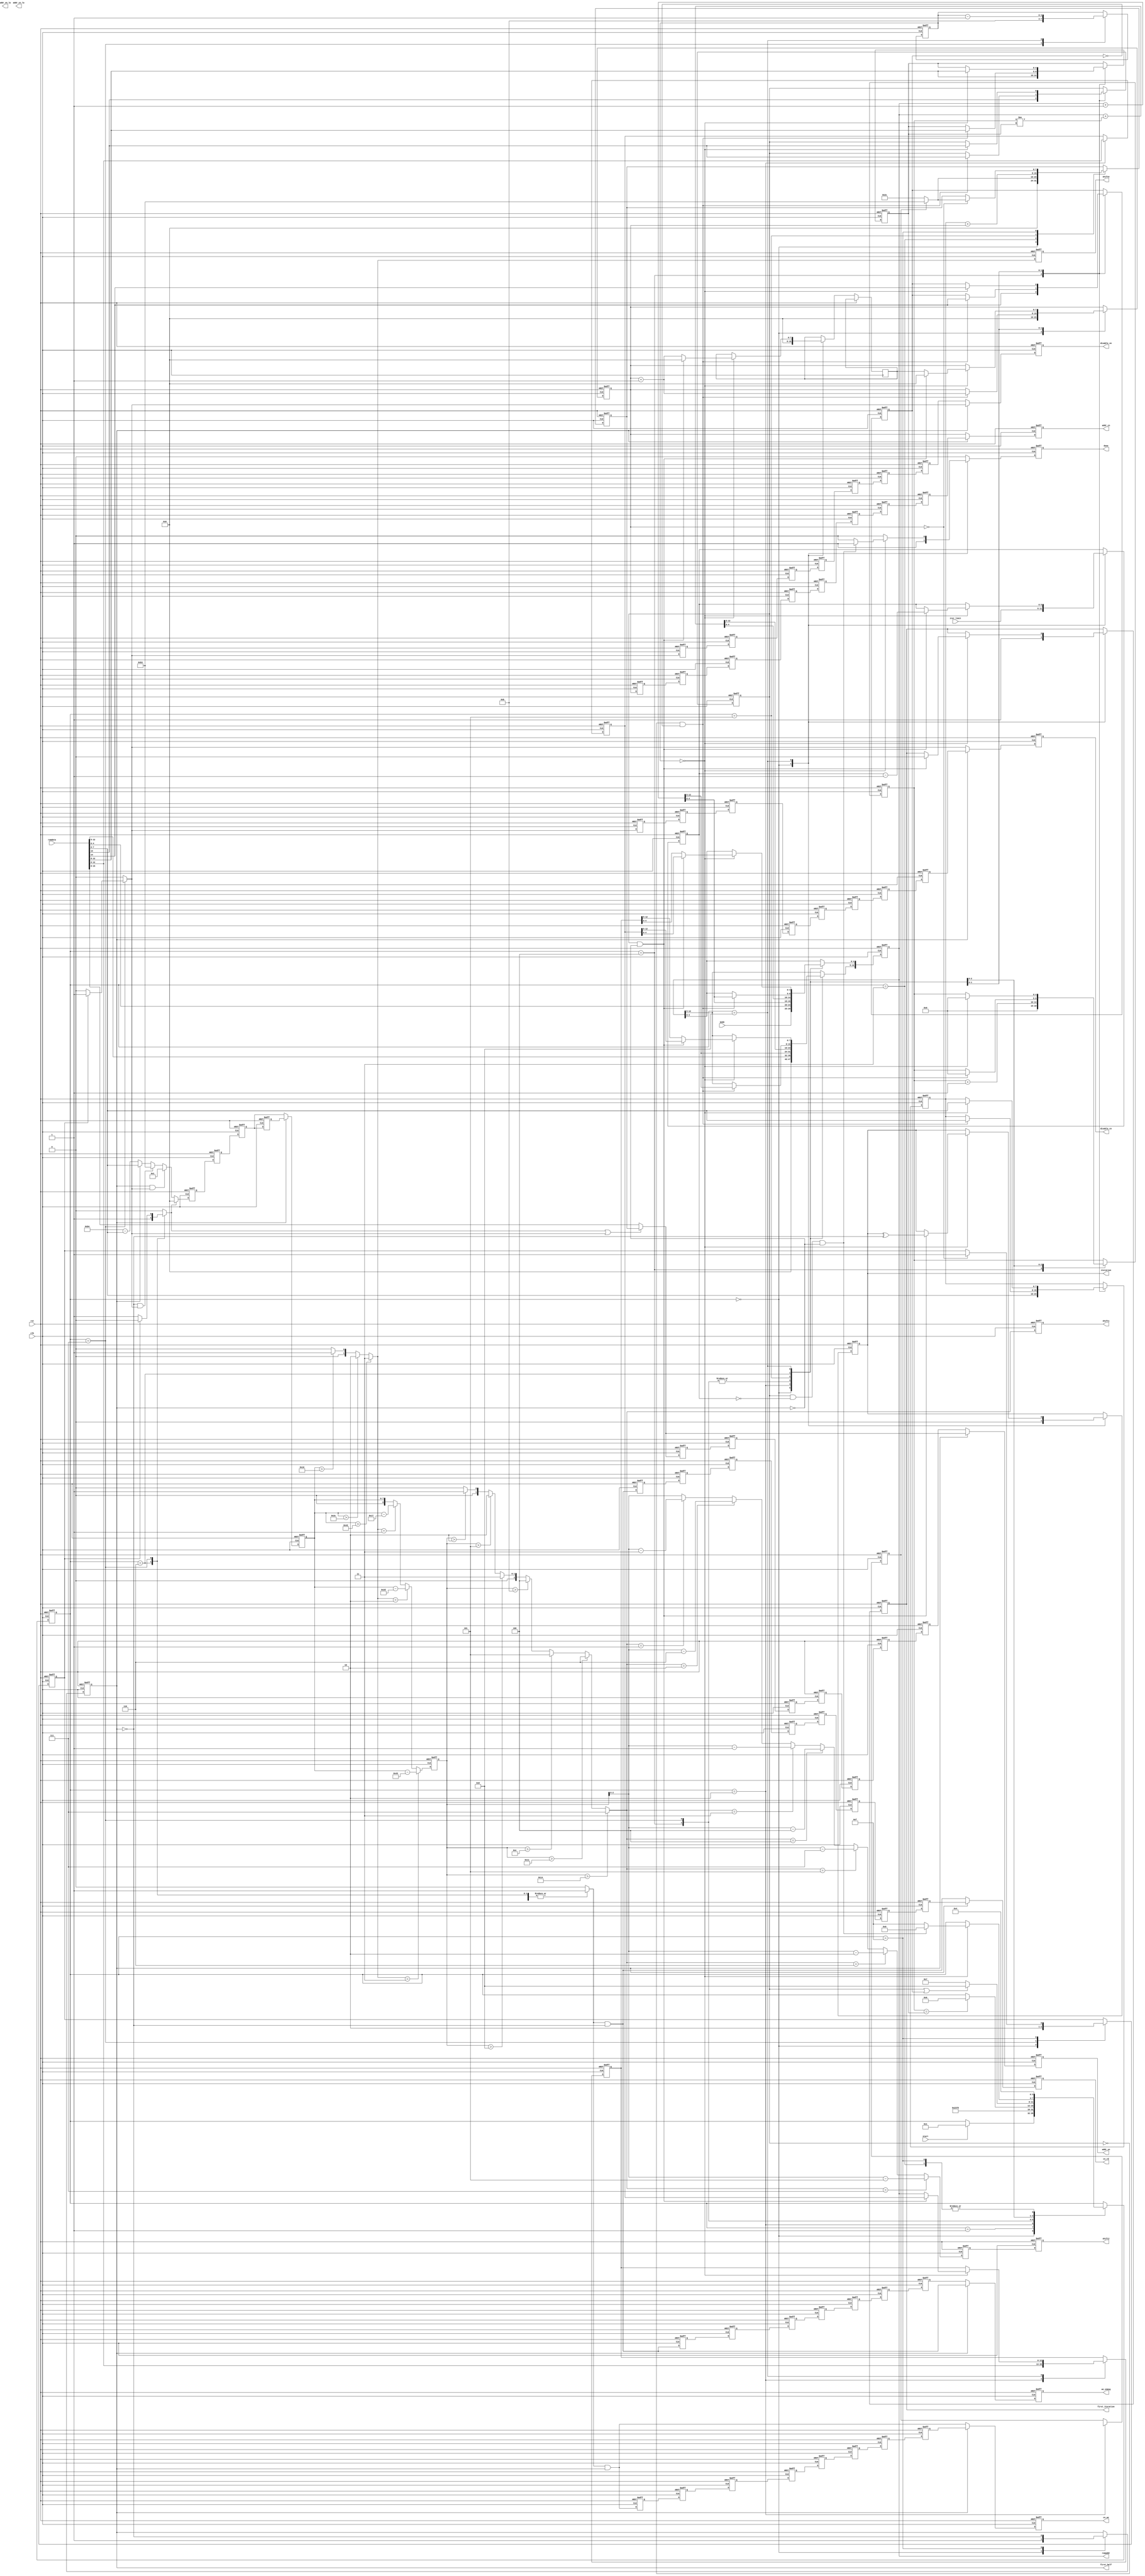
//-------------------------------------------------------------------------
//
// Title        :
//              :
// Purpose      : Variable node holder/message calculator.  Loads llr
//              : data serially
//
// ----------------------------------------------------------------------
// Revision History :
// ----------------------------------------------------------------------
//   Ver  :| Author   :| Mod. Date   :| Changes Made:
//   v1.0  | JTC      :| 2008/07/02  :|
// ----------------------------------------------------------------------
`timescale 1ns/10ps

module ldpc_iocontrol #(
  parameter FOLDFACTOR     = 4,
  parameter LOG2FOLDFACTOR = 2,
  parameter LASTSHIFTWIDTH = 3,
  parameter NUMINSTANCES   = 180
)(
  input clk,
  input rst,

  // start command, completion indicator
  input      start,
  input[4:0] mode,
  input[5:0] iter_limit,
  output     done,

  // common control outputs
  output iteration,
  output first_iteration,
  output disable_vn,
  output disable_cn,

  // control VN's
  output                     we_vnmsg,
  output[7:0]                addr_vn,
  output[LOG2FOLDFACTOR-1:0] addr_vn_lo,

  // control shuffler
  output                     first_half,
  output[1:0]                shift0,
  output[2:0]                shift1,
  output[LASTSHIFTWIDTH-1:0] shift2,

  // control CN's
  output                     cn_we,
  output                     cn_rd,
  output[7:0]                addr_cn,
  output[LOG2FOLDFACTOR-1:0] addr_cn_lo,

  // ROM
  output[12:0]                  romaddr,
  input[8+5+LASTSHIFTWIDTH-1:0] romdata
);

localparam DONT_SHIFT = 0; // useful for debugging

/*********************************
 * State Machine 1               *
 * Controls the decoding process *
 *********************************/
localparam S_IDLE            = 0;
localparam S_PREPDECODE0     = 1;
localparam S_PREPDECODE1     = 2;
localparam S_FETCHCMD0       = 3;
localparam S_FETCHCMD1       = 4;
localparam S_STOREMSG        = 5;
localparam S_STOREPARITYMSG  = 6;
localparam S_STORESHIFTEDPARITY = 7;
localparam S_FINISHPIPE0     = 8;
localparam S_FINISHPIPE1     = 9;
localparam S_FINISHPIPE2     = 10;
localparam S_FINISHPIPE3     = 11;
localparam S_FINISHPIPE4     = 12;
localparam S_FINISHPIPE5     = 13;
localparam S_FINISHPIPE6     = 14;
localparam S_RESTART         = 15;

localparam TURNAROUND_WAITSTATES = 11;

reg[3:0] state;

reg[7:0] cn_count;
reg[7:0] vn_count;
reg[7:0] ta_count;

reg[12:0] romaddr_int;
reg[12:0] start_addr;
reg[12:0] turnaround_addr;
reg[4:0]  group_depth;
reg       turnaround;
reg       turnaround_next;
reg       last_group;
reg       first_group;
reg       last_group_next;
reg       n64k;
reg[7:0]  q;
reg[4:0]  count;
reg[5:0]  iter_count;
reg       done_int;
reg       first_iteration_int;
reg       iteration_int;

reg first_half_int;

reg[3:0] wait_count;

assign romaddr           = romaddr_int;
assign first_iteration   = first_iteration_int;
assign done              = done_int;
assign first_half        = first_half_int;
assign iteration         = iteration_int;

// synchronous state machine
always @( posedge rst, posedge clk )
  if( rst )
  begin
    state               <= S_IDLE;
    done_int            <= 0;
    iter_count          <= 0;
    romaddr_int         <= 0;
    first_iteration_int <= 0;
    iteration_int       <= 0;
    count               <= 0;
    cn_count            <= 0;
    vn_count            <= 0;
    first_half_int      <= 0;
    romaddr_int         <= 0;
    start_addr          <= 0;
    turnaround_addr     <= 0;
    q                   <= 0;
    turnaround          <= 0;
    turnaround_next     <= 0;
    last_group          <= 0;
    first_group         <= 0;
    n64k                <= 0;
    last_group_next     <= 0;
    group_depth         <= 0;
    wait_count          <= 0;
  end
  else
  begin
    // defaults
    done_int <= 0;

    case( state )
    // wait for start to prepare jump to offset, "mode"
    S_IDLE:
    begin
      if( start )
        state <= S_PREPDECODE0;

      romaddr_int      <= 0;
      romaddr_int[4:0] <= mode;

      iter_count    <= iter_limit;
      iteration_int <= 0;

      first_iteration_int <= 1;
      first_half_int      <= 1;
      cn_count            <= 0;
      vn_count            <= 0;
      ta_count            <= 0;

      first_group <= 1;

      done_int <= 1;
    end

    // "mode" is a pointer to a pointer - jump to mode**
    S_PREPDECODE0:
      state <= S_PREPDECODE1;

    S_PREPDECODE1:
    begin
      state <= S_FETCHCMD0;

      n64k <= romdata[16];

      romaddr_int     <= romdata[12:0];
      start_addr      <= romdata[12:0];
      turnaround_addr <= romdata[12:0];
    end

    // interpret code from ROM
    S_FETCHCMD0:
    begin
      state <= S_FETCHCMD1;

      if( n64k )
        vn_count <= 179;
      else
        vn_count <= 44;
    end

    S_FETCHCMD1:
    begin
      state <= S_STORESHIFTEDPARITY;

      romaddr_int <= romaddr_int + 1;

      turnaround  <= romdata[14];
      last_group  <= romdata[13];
      group_depth <= romdata[12:8];
      q           <= romdata[7:0];
      count       <= 0;
    end

    // write shifted set of parity bits
    S_STORESHIFTEDPARITY:
    begin
      state <= S_STOREMSG;

      romaddr_int <= romaddr_int + 1;
      wait_count  <= TURNAROUND_WAITSTATES;
      first_group <= 0;
    end

    // Write messages
    S_STOREMSG:
    begin
      if( count==group_depth )
        state <= S_STOREPARITYMSG;

      romaddr_int <= romaddr_int + (count!=group_depth);

      count    <= count + 1;
      vn_count <= q + cn_count;
    end

    // write parity bits to CN
    S_STOREPARITYMSG:
    begin
      if( last_group || turnaround )
        state <= S_FINISHPIPE0;
      else
        state <= S_STORESHIFTEDPARITY;

      if( !last_group && !turnaround )
      begin
        cn_count    <= cn_count + 1;
        romaddr_int <= romaddr_int + 1;

        turnaround  <= romdata[14];
        last_group  <= romdata[13];
        group_depth <= romdata[12:8];
        q           <= romdata[7:0];
        count       <= 0;
      end
    end

    // need waitstates between phases to let the pipeline clear out
    S_FINISHPIPE0:
    begin
      if( wait_count==0 )
      begin
        if( last_group && (iter_count==0) && !first_half_int )
        begin
          state    <= S_IDLE;
          done_int <= 1;
        end
        else
          state <= S_RESTART;
      end

      wait_count  <= wait_count - 1;

      if( wait_count==0 )
      begin
        turnaround  <= romdata[14];
        last_group  <= romdata[13];
        group_depth <= romdata[12:8];
        q           <= romdata[7:0];
        count       <= 0;

        cn_count    <= ta_count;
        romaddr_int <= turnaround_addr;

        ta_count        <= cn_count    + 1;
        turnaround_addr <= romaddr_int;

        if( last_group && !first_half_int )
        begin
          cn_count            <= 0;
          iteration_int       <= iteration_int ^ ~first_half_int;
          first_iteration_int <= 0;
          romaddr_int         <= start_addr;
          iter_count          <= iter_count - 1;

          ta_count        <= 0;
          turnaround_addr <= start_addr;
        end
      end
    end

    S_RESTART:
    begin
      state <= S_FETCHCMD1;

      if( cn_count==0 )
      begin
        first_group <= 1;
        if( n64k )
          vn_count <= 179;
        else
          vn_count <= 44;
      end

      first_half_int <= ~first_half_int;
    end

    default: ;
    endcase
  end

  // asynchronous portion of state machine
  reg we;
  reg matchpar;
  reg last_step;

  always @( * )
  begin
    // defaults
    we        <= 0;
    matchpar  <= 0;
    last_step <= 0;

    case( state )
      // Write messages
      S_STOREMSG:
        we <= 1;

      // write parity bits to CN's
      S_STOREPARITYMSG:
      begin
        we       <= 1;
        matchpar <= 1;
      end

      // write parity bits to next CN location
      S_STORESHIFTEDPARITY:
      begin
        we <= 1;

        if( first_group )
          last_step <= 1;
        else
          matchpar  <= 1;
      end

      default: ;
    endcase
  end

/********************************
 * State Machine Helper         *
 * Adds delays to we and to the *
 * addresses for vn and cn      *
 ********************************/
// determine undelayed controls
wire[7:0]                  orig_cn_addr;
wire[7:0]                  orig_vn_addr;
wire[5+LASTSHIFTWIDTH-1:0] orig_shiftval;
wire                       orig_we_vnmsg;
wire                       orig_cn_we;
wire                       orig_cn_rd;
wire                       orig_disable;

assign orig_vn_addr  = ( matchpar || last_step ) ? vn_count
                       : romdata[8+5+LASTSHIFTWIDTH-1:5+LASTSHIFTWIDTH];
assign orig_cn_addr  = cn_count;
assign orig_shiftval = DONT_SHIFT                     ? 0 :
                       matchpar                       ? 0 :
                       (first_half_int && last_step)  ? 1 :
                       (~first_half_int && last_step) ? NUMINSTANCES-1 :
                       first_half_int                 ? romdata[5+LASTSHIFTWIDTH-1:0] :
                                                        NUMINSTANCES - romdata[5+LASTSHIFTWIDTH-1:0];
assign orig_we_vnmsg = we & ~first_half_int;
assign orig_cn_we    = we & first_half_int;
assign orig_cn_rd    = we & ~first_half_int;
assign orig_disable  = last_step;

// add delays to compensate for latencies in external modules
localparam LOCAL_DELAY   = 1;  // Local register delays everything by 1
localparam RAM_LATENCY   = 2;  // RAM registers address in and data out
localparam VN_PIPES      = 3;
localparam SHUFFLE_PIPES = 3;
localparam CN_PIPES      = 2;
localparam MAX_PIPES     = VN_PIPES > CN_PIPES ? VN_PIPES : CN_PIPES;

localparam SHUFFLE_PREPSTAGES = 1; // we'll use 1 pipe locally to calculate shift addresses
localparam DISABLE_PREPSTAGES = 1; // disable needs 1 local pipe to sort out upstream/downstream

localparam LATENCY_VN_DEST  = LOCAL_DELAY + RAM_LATENCY + SHUFFLE_PIPES + CN_PIPES;
localparam LATENCY_CN_DEST  = LOCAL_DELAY + RAM_LATENCY + SHUFFLE_PIPES + VN_PIPES;
localparam LATENCY_CNVN_MAX = LOCAL_DELAY + RAM_LATENCY + SHUFFLE_PIPES + MAX_PIPES;

localparam LATENCY_DISABLE_DL = LATENCY_CN_DEST - DISABLE_PREPSTAGES;
localparam LATENCY_DISABLE_UL = LATENCY_VN_DEST - DISABLE_PREPSTAGES;

localparam LATENCY_SHIFTVALS_DL  = LOCAL_DELAY + RAM_LATENCY + VN_PIPES - SHUFFLE_PREPSTAGES;
localparam LATENCY_SHIFTVALS_UL  = LOCAL_DELAY + RAM_LATENCY + CN_PIPES - SHUFFLE_PREPSTAGES;
localparam LATENCY_SHIFTVALS_MAX = LOCAL_DELAY + RAM_LATENCY + MAX_PIPES - SHUFFLE_PREPSTAGES;

// for code neatness, all shift registers are the same length.  Rely on synthesizer to
// remove unused registers
reg[7:0]                  cn_addr_del[0:LATENCY_CNVN_MAX-1];
reg[7:0]                  vn_addr_del[0:LATENCY_CNVN_MAX-1];
reg[5+LASTSHIFTWIDTH-1:0] shiftval_del[0:LATENCY_CNVN_MAX-1];
reg                       we_vnmsg_del[0:LATENCY_CNVN_MAX-1];
reg                       cn_we_del[0:LATENCY_CNVN_MAX-1];
reg                       cn_rd_del[0:LATENCY_CNVN_MAX-1];
reg                       disable_vn_del[0:LATENCY_CNVN_MAX-1];
reg                       disable_cn_del[0:LATENCY_CNVN_MAX-1];

wire[5+LASTSHIFTWIDTH-1:0] shiftval_int;

integer loopvar;

assign we_vnmsg   = we_vnmsg_del[LATENCY_VN_DEST-1];
assign cn_we      = cn_we_del[LATENCY_CN_DEST-1];
assign cn_rd      = cn_rd_del[LATENCY_CN_DEST-1];
assign addr_vn    = vn_addr_del[LATENCY_VN_DEST-1];
assign addr_cn    = cn_addr_del[LATENCY_CN_DEST-1];
assign disable_vn = disable_vn_del[LATENCY_VN_DEST-1];
assign disable_cn = disable_cn_del[LATENCY_CN_DEST-1];

assign shiftval_int = shiftval_del[LATENCY_SHIFTVALS_MAX-1];

always @( posedge rst, posedge clk )
  if( rst )
    for( loopvar=0; loopvar<LATENCY_CNVN_MAX; loopvar=loopvar+1 )
    begin
      cn_addr_del[loopvar]    <= 0;
      vn_addr_del[loopvar]    <= 0;
      shiftval_del[loopvar]   <= 0;
      we_vnmsg_del[loopvar]   <= 0;
      cn_we_del[loopvar]      <= 0;
      cn_rd_del[loopvar]      <= 0;
      disable_vn_del[loopvar] <= 0;
      disable_cn_del[loopvar] <= 0;
    end
  else
  begin
    cn_addr_del[0]    <= orig_cn_addr;
    vn_addr_del[0]    <= orig_vn_addr;
    shiftval_del[0]   <= orig_shiftval;
    we_vnmsg_del[0]   <= orig_we_vnmsg;
    cn_we_del[0]      <= orig_cn_we;
    cn_rd_del[0]      <= orig_cn_rd;
    disable_vn_del[0] <= orig_disable;
    disable_cn_del[0] <= orig_disable;

    for( loopvar=1; loopvar<LATENCY_CNVN_MAX; loopvar=loopvar+1 )
    begin
      cn_addr_del[loopvar]    <= cn_addr_del[loopvar-1];
      vn_addr_del[loopvar]    <= vn_addr_del[loopvar-1];
      shiftval_del[loopvar]   <= shiftval_del[loopvar-1];
      we_vnmsg_del[loopvar]   <= we_vnmsg_del[loopvar-1];
      cn_we_del[loopvar]      <= cn_we_del[loopvar-1];
      cn_rd_del[loopvar]      <= cn_rd_del[loopvar-1];
      disable_vn_del[loopvar] <= disable_vn_del[loopvar-1];
      disable_cn_del[loopvar] <= disable_cn_del[loopvar-1];
    end

    // need some muxes in the middle of the shift registers because of different
    // latencies for upstream and downstream messages
    if( first_half )
    begin
      vn_addr_del[LATENCY_VN_DEST-1]    <= orig_vn_addr;
      we_vnmsg_del[LATENCY_VN_DEST-1]   <= orig_we_vnmsg;
      disable_vn_del[LATENCY_VN_DEST-1] <= orig_disable;
    end
    if( !first_half )
    begin
      cn_addr_del[LATENCY_CN_DEST-1]    <= orig_cn_addr;
      cn_we_del[LATENCY_CN_DEST-1]      <= orig_cn_we;
      cn_rd_del[LATENCY_CN_DEST-1]      <= orig_cn_rd;
      disable_cn_del[LATENCY_CN_DEST-1] <= orig_disable;
    end
    
    if( first_half )
      shiftval_del[LATENCY_SHIFTVALS_MAX-1] <= shiftval_del[LATENCY_SHIFTVALS_DL-2];
    if( !first_half )
      shiftval_del[LATENCY_SHIFTVALS_MAX-1] <= shiftval_del[LATENCY_SHIFTVALS_UL-2];
  end

wire[1:0]               shift0_int;
reg[1:0]                shift0_reg;
wire[2:0]               shift1_int;
reg[2:0]                shift1_reg;
reg[LASTSHIFTWIDTH-1:0] shift2_reg;

assign shift0 = shift0_reg;
assign shift1 = shift1_reg;
assign shift2 = shift2_reg;

reg[8:0]                rem0;
reg[LASTSHIFTWIDTH-1:0] rem1;

generate
  if( FOLDFACTOR==1 )
  begin: case360
    assign shift0_int = shiftval_int > 269 ? 3
                      : shiftval_int > 179 ? 2
                      : shiftval_int > 89  ? 1
                      :                      0;

    assign shift1_int = rem0 > 83 ? 7
                      : rem0 > 71 ? 6
                      : rem0 > 59 ? 5
                      : rem0 > 47 ? 4
                      : rem0 > 35 ? 3
                      : rem0 > 23 ? 2
                      : rem0 > 11 ? 1
                      :             0;
  end
  if( FOLDFACTOR==2 )
  begin: case180
    assign shift0_int = shiftval_int > 134 ? 3
                      : shiftval_int > 89  ? 2
                      : shiftval_int > 44  ? 1
                      :                      0;


    assign shift1_int = rem0 > 41 ? 7
                      : rem0 > 35 ? 6
                      : rem0 > 29 ? 5
                      : rem0 > 23 ? 4
                      : rem0 > 17 ? 3
                      : rem0 > 11 ? 2
                      : rem0 > 5  ? 1
                      :             0;
  end
  if( FOLDFACTOR==3 )
  begin: case120
    assign shift0_int = shiftval_int > 89 ? 3
                      : shiftval_int > 59 ? 2
                      : shiftval_int > 29 ? 1
                      :                     0;

    assign shift1_int = rem0 > 26 ? 7
                      : rem0 > 22 ? 6
                      : rem0 > 18 ? 5
                      : rem0 > 15 ? 4
                      : rem0 > 11 ? 3
                      : rem0 > 7  ? 2
                      : rem0 > 3  ? 1
                      :             0;
  end
  if( FOLDFACTOR==4 )
  begin: case90
    assign shift0_int = shiftval_int > 66 ? 3
                      : shiftval_int > 44 ? 2
                      : shiftval_int > 22 ? 1
                      :                     0;

    assign shift1_int = rem0 > 20 ? 7
                      : rem0 > 17 ? 6
                      : rem0 > 14 ? 5
                      : rem0 > 11 ? 4
                      : rem0 > 8  ? 3
                      : rem0 > 5  ? 2
                      : rem0 > 2  ? 1
                      :             0;
  end
endgenerate

always @( posedge rst, posedge clk )
  if( rst )
  begin
    shift0_reg            <= 0;
    shift1_reg            <= 0;
    shift2_reg            <= 0;
    rem0                  <= 0;
    rem1                  <= 0;
  end
  else
  begin
    // shift0 needs to be inverted (this arithmetic should be optimized out)
    shift0_reg <= shift0_int;
    shift1_reg <= shift1_int;
    shift2_reg <= rem1;

    // calculate remainders after first two shifts
    if( FOLDFACTOR==1 )
      rem0 <= shift0_int==3 ? shiftval_int-270
            : shift0_int==2 ? shiftval_int-180
            : shift0_int==1 ? shiftval_int-90
            :                 shiftval_int;
    if( FOLDFACTOR==2 )
      rem0 <= shift0_int==3 ? shiftval_int-135
            : shift0_int==2 ? shiftval_int-90
            : shift0_int==1 ? shiftval_int-45
            :                 shiftval_int;
    if( FOLDFACTOR==3 )
      rem0 <= shift0_int==3 ? shiftval_int-90
            : shift0_int==2 ? shiftval_int-60
            : shift0_int==1 ? shiftval_int-30
            :                 shiftval_int;
    if( FOLDFACTOR==4 )
      rem0 <= shift0_int==3 ? shiftval_int-67
            : shift0_int==2 ? shiftval_int-45
            : shift0_int==1 ? shiftval_int-23
            :                 shiftval_int;

    if( FOLDFACTOR==1 )
      rem1 <= shift1_int==7 ? rem0-84
            : shift1_int==6 ? rem0-72
            : shift1_int==5 ? rem0-60
            : shift1_int==4 ? rem0-48
            : shift1_int==3 ? rem0-36
            : shift1_int==2 ? rem0-24
            : shift1_int==1 ? rem0-12
            :                 rem0;
    if( FOLDFACTOR==3 )
      rem1 <= shift1_int==7 ? rem0-52
            : shift1_int==6 ? rem0-45
            : shift1_int==5 ? rem0-37
            : shift1_int==4 ? rem0-30
            : shift1_int==3 ? rem0-22
            : shift1_int==2 ? rem0-15
            : shift1_int==1 ? rem0-7
            :                 rem0;
    if( FOLDFACTOR==4 )
      rem1 <= shift1_int==7 ? rem0-21
            : shift1_int==6 ? rem0-18
            : shift1_int==5 ? rem0-15
            : shift1_int==4 ? rem0-12
            : shift1_int==3 ? rem0-9
            : shift1_int==2 ? rem0-6
            : shift1_int==1 ? rem0-3
            :                 rem0;
  end
endmodule